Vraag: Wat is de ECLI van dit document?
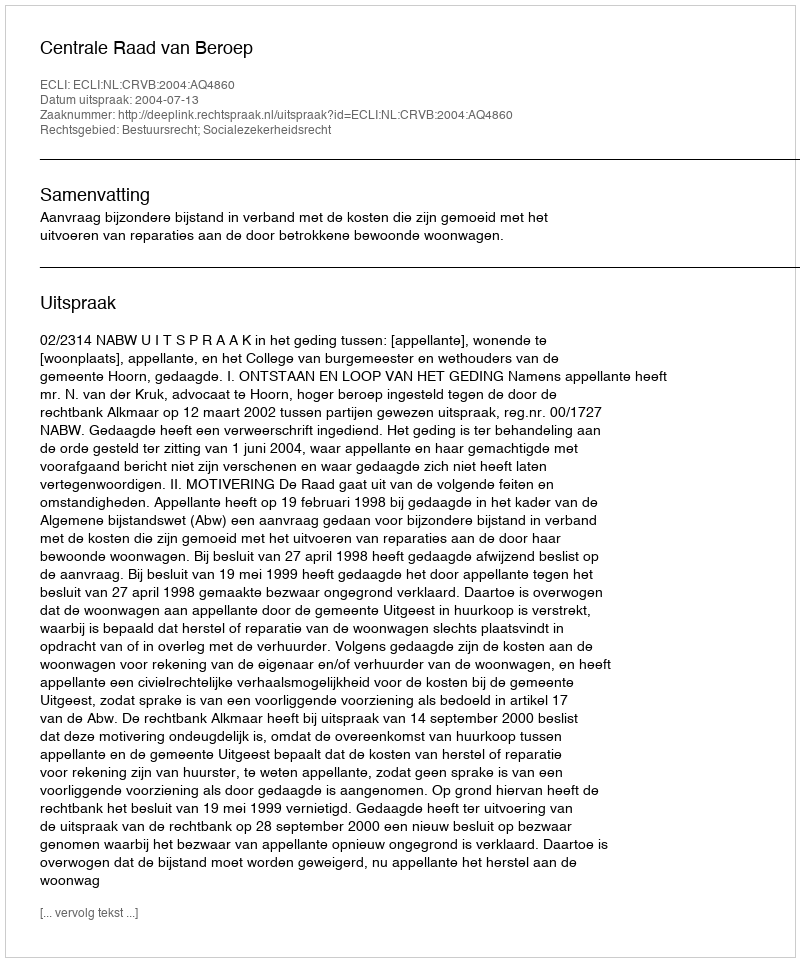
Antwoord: ECLI:NL:CRVB:2004:AQ4860